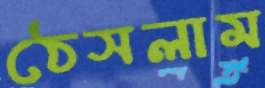
ঠেসলাম